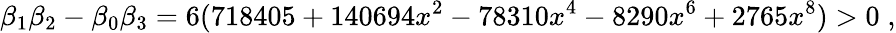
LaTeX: \beta_{1}\beta_{2}-\beta_{0}\beta_{3}=6(718405+140694x^{2}-78310x^{4}-8290x^{6}+2765x^{8})>0\; ,